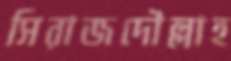
সিরাজদৌল্লাহ